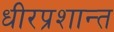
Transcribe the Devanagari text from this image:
धीरप्रशान्त